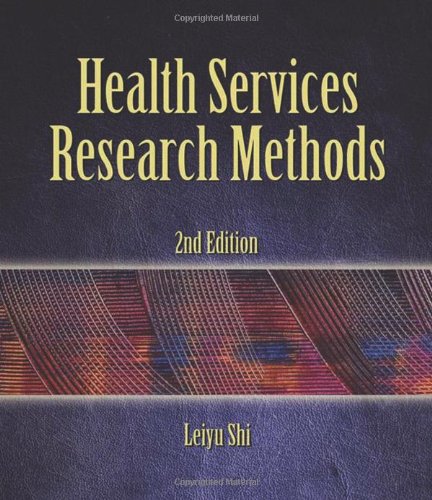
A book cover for Health Services Research Methods; Leiyu Shi; Medical Books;